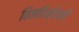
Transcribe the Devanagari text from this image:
विमतिच्छेदनी